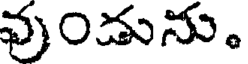
వుండును.